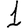
Digit: 1